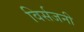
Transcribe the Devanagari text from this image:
विर्सजनी